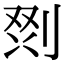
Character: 𭃲